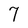
Character: 7